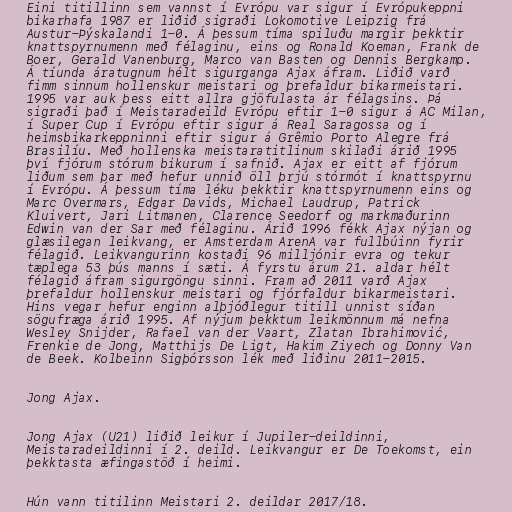
Eini titillinn sem vannst í Evrópu var sigur í Evrópukeppni
bikarhafa 1987 er liðið sigraði Lokomotive Leipzig frá
Austur-Þýskalandi 1-0. Á þessum tíma spiluðu margir þekktir
knattspyrnumenn með félaginu, eins og Ronald Koeman, Frank de
Boer, Gerald Vanenburg, Marco van Basten og Dennis Bergkamp.
Á tíunda áratugnum hélt sigurganga Ajax áfram. Liðið varð
fimm sinnum hollenskur meistari og þrefaldur bikarmeistari.
1995 var auk þess eitt allra gjöfulasta ár félagsins. Þá
sigraði það í Meistaradeild Evrópu eftir 1-0 sigur á AC Milan,
í Super Cup í Evrópu eftir sigur á Real Saragossa og í
heimsbikarkeppninni eftir sigur á Grêmio Porto Alegre frá
Brasilíu. Með hollenska meistaratitlinum skilaði árið 1995
því fjórum stórum bikurum í safnið. Ajax er eitt af fjórum
liðum sem þar með hefur unnið öll þrjú stórmót í knattspyrnu
í Evrópu. Á þessum tíma léku þekktir knattspyrnumenn eins og
Marc Overmars, Edgar Davids, Michael Laudrup, Patrick
Kluivert, Jari Litmanen, Clarence Seedorf og markmaðurinn
Edwin van der Sar með félaginu. Árið 1996 fékk Ajax nýjan og
glæsilegan leikvang, er Amsterdam ArenA var fullbúinn fyrir
félagið. Leikvangurinn kostaði 96 milljónir evra og tekur
tæplega 53 þús manns í sæti. Á fyrstu árum 21. aldar hélt
félagið áfram sigurgöngu sinni. Fram að 2011 varð Ajax
þrefaldur hollenskur meistari og fjórfaldur bikarmeistari.
Hins vegar hefur enginn alþjóðlegur titill unnist síðan
sögufræga árið 1995. Af nýjum þekktum leikmönnum má nefna
Wesley Snijder, Rafael van der Vaart, Zlatan Ibrahimović,
Frenkie de Jong, Matthijs De Ligt, Hakim Ziyech og Donny Van
de Beek. Kolbeinn Sigþórsson lék með liðinu 2011-2015.

Jong Ajax.

Jong Ajax (U21) liðið leikur í Jupiler-deildinni,
Meistaradeildinni í 2. deild. Leikvangur er De Toekomst, ein
þekktasta æfingastöð í heimi.

Hún vann titilinn Meistari 2. deildar 2017/18.